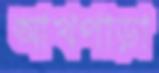
আখপাড়া